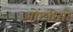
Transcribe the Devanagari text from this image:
ओंटरियो